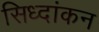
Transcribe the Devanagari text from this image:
सिध्दांकन